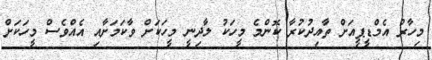
މިހާރު އެމްޑީޕީއަށް ތާއިދުކުރާ ކޮންމެ މީހަކު ލާދިނީ މީހަކަށް ވާކަމަށާއި އެއްވެސް މީހަކަށް